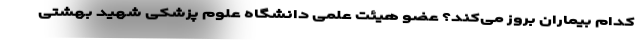
کدام بیماران بروز می‌کند؟ عضو هیئت علمی دانشگاه علوم پزشکی شهید بهشتی